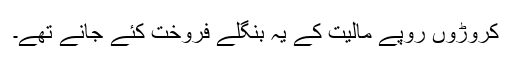
کروڑوں روپے مالیت کے یہ بنگلے فروخت کئے جانے تھے۔